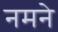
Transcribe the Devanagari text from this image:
नमने